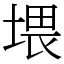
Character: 㙗